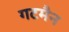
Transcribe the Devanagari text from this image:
गटमैन